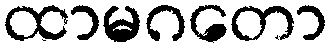
ထာမဂတော